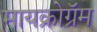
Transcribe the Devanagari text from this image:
मायक्रोग्रॅम